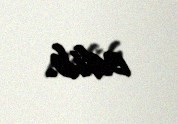
edib.